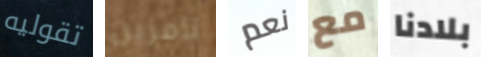
تقوليه تامزين نعم مع بلادنا